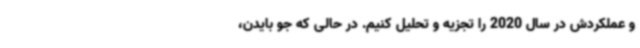
و عملکردش در سال 2020 را تجزیه و تحلیل کنیم. در حالی که جو بایدن،